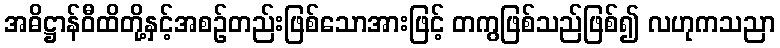
အဓိဋ္ဌာန်ဝီထိတို့နှင့်အစဉ်တည်းဖြစ်သောအားဖြင့် တကွဖြစ်သည်ဖြစ်၍ လဟုကသညာ